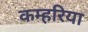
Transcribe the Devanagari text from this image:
कम्हरिया